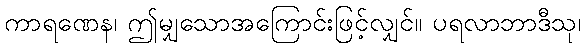
ကာရဏေန၊ ဤမျှသောအကြောင်းဖြင့်လျှင်။ ပရလာဘာဒီသု၊